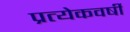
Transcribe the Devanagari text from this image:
प्रत्येकवर्षी